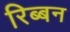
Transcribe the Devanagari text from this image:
रिब्बन